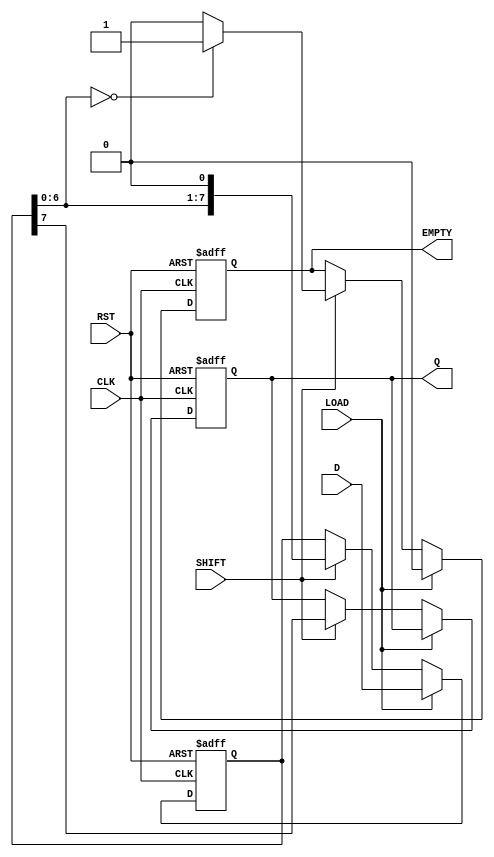
module Loadable_PISO #(
    parameter N = 8  // Define the bit width of the register
)(
    input  wire [N-1:0] D,      // Parallel Data Input
    input  wire LOAD,            // Load Signal
    input  wire SHIFT,           // Shift Signal
    input  wire CLK,             // Clock Signal
    input  wire RST,             // Reset Signal
    output reg  Q,               // Serial Output
    output reg  EMPTY            // Empty Flag
);

    reg [N-1:0] shift_reg;       // Shift register to hold the data

    always @(posedge CLK or posedge RST) begin
        if (RST) begin
            shift_reg <= {N{1'b0}}; // Asynchronous reset
            Q <= 1'b0;              // Clear serial output
            EMPTY <= 1'b1;          // Set EMPTY flag
        end else begin
            if (LOAD) begin
                shift_reg <= D;      // Load data into the register
                EMPTY <= 1'b0;       // Data is loaded, not empty
            end else if (SHIFT) begin
                Q <= shift_reg[N-1]; // Output MSB to Q
                shift_reg <= {shift_reg[N-2:0], 1'b0}; // Shift left
                // Check if the register is empty after shifting
                if (shift_reg[N-2:0] == {N-1{1'b0}}) begin
                    EMPTY <= 1'b1;   // Set EMPTY flag if all bits are shifted out
                end else begin
                    EMPTY <= 1'b0;   // Still has data
                end
            end
        end
    end

endmodule